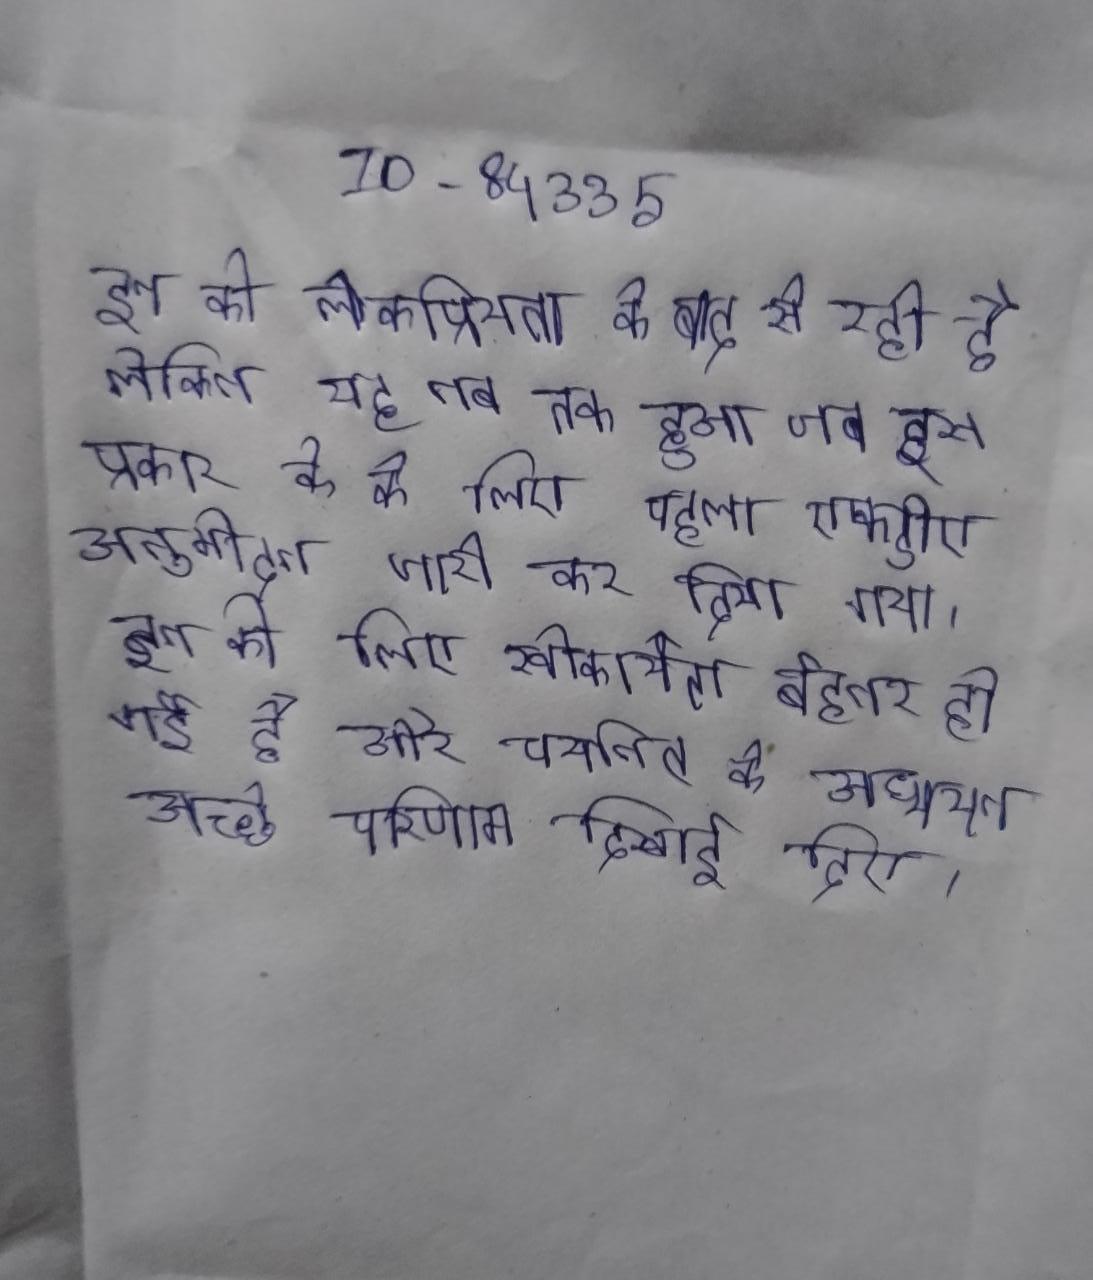
इन की लोकप्रियता के बाद से रही है लेकिन यह तब तक हुआ जब इस प्रकार के के लिए पहला एफडीए अनुमोदन जारी कर दिया गया । इन के लिए स्वीकार्यता बेहतर हो गई है और चयनित के अध्ययन अच्छे परिणाम दिखाई दिए ।